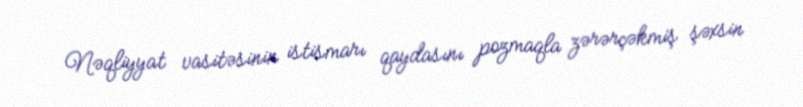
Nəqliyyat vasitəsinin istismarı qaydasını pozmaqla zərərçəkmiş şəxsin